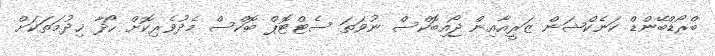
ބްރޯޑްބޭންޑް ކަނެކްޝަން ޒަރީއާއިން ޖޯއިބޮކްސް ނުވަތަ ސެޓްޓޮޕް ބޮކްސް މެދުވެރިކޮށް ހޯދާ ޚިދުމަތަކަށް